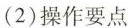
(2)操作要点